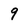
Character: 9